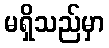
မရှိသည်မှာ